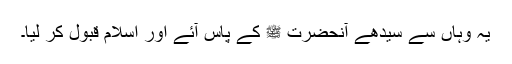
یہ وہاں سے سیدھے آنحضرت ﷺ کے پاس آئے اور اسلام قبول کر لیا۔